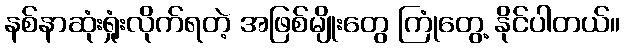
နစ်နာဆုံးရှုံးလိုက်ရတဲ့ အဖြစ်မျိုးတွေ ကြုံတွေ့ နိုင်ပါတယ်။